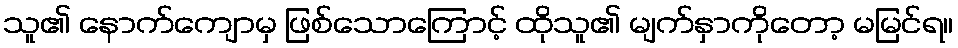
သူ၏ နောက်ကျောမှ ဖြစ်သောကြောင့် ထိုသူ၏ မျက်နှာကိုတော့ မမြင်ရ။